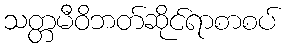
သတ္တမီဝိဘတ်ဆိုင်ရာစာစပ်